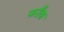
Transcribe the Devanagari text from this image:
फरौक